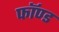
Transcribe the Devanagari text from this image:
फॉण्ड